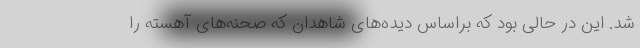
شد. این در حالی بود که براساس دیده‌های شاهدان که صحنه‌های آهسته را